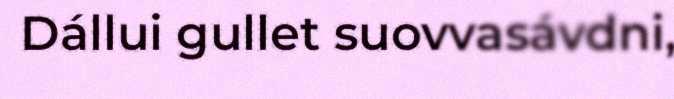
Dállui gullet suovvasávdni,